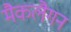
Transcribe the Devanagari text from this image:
मैकलैगन